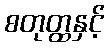
စတုတ္ထနှင့်